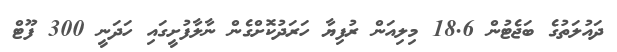
ދައުލަތުގެ ބަޖެޓުން 18.6 މިލިއަން ރުފިޔާ ހަރަދުކޮށްގެން ނާލާފުށީގައި ހަދަނީ 300 ފޫޓް